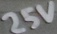
Text: 25V